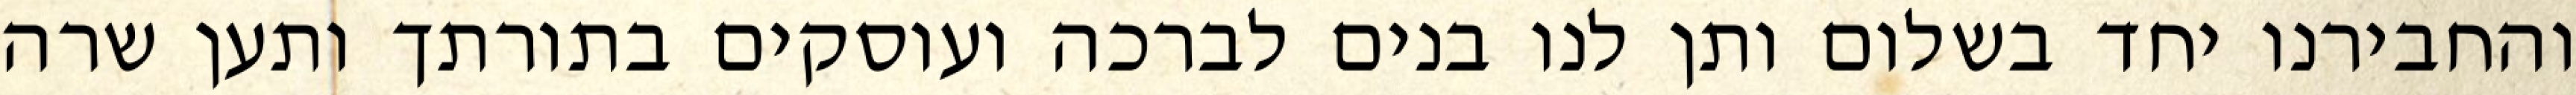
והחבירנו יחד בשלום ותן לנו בנים לברכה ועוסקים בתורתך ותען שרה